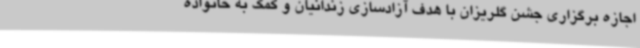
اجازه برگزاری جشن گلریزان با هدف آزادسازی زندانیان و کمک به خانواده